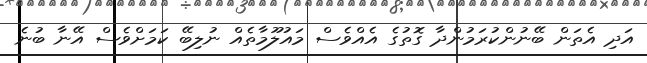
އަދި އެތަން ބޭނުންކުރަމުންދާ ގޮތުގެ އެއްވެސް މައުލޫމާތެއް ނުލިބޭ ކަމަށްވެސް އޭނާ ބުނެ